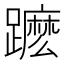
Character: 𨆽